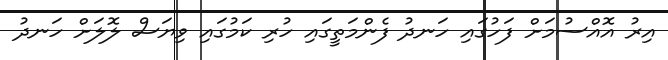
އިރު އޮއްސުމަށް ފަހުގައި ހަނދު ފެންމަތީގައި ހުރި ކަމުގައި ވިޔަސް ލޮލަށް ހަނދު